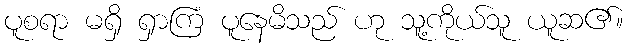
ပူစရာ မရှိ ရှာကြံ ပူနေမိသည် ဟု သူ့ကိုယ်သူ ယူဆ၏။